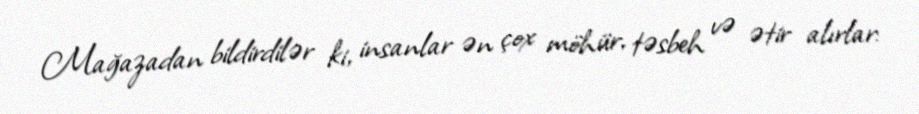
Mağazadan bildirdilər ki, insanlar ən çox möhür, təsbeh və ətir alırlar: